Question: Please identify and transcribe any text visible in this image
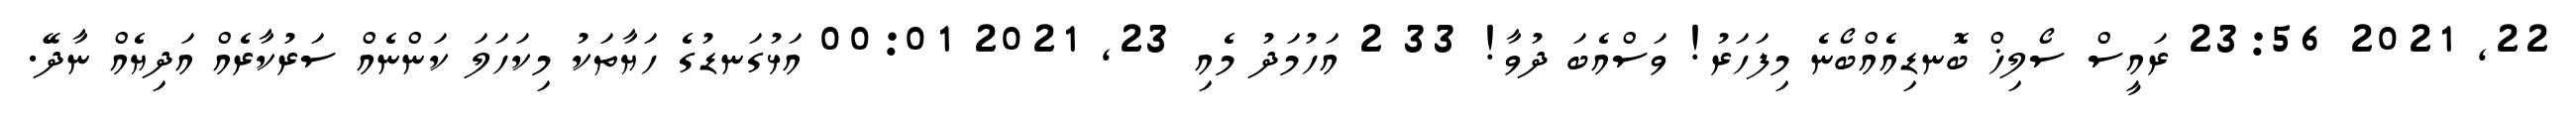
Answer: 22, 2021 23:56 ރައީސް ސޯލިޚް ބޮނޑިއެއްބޯނެ މިފަހަރު! ވަސްއެބަ ދުވާ! 33 2 އަހުމަދު މެއި 23, 2021 00:01 އަޅުގަނޑުގެ ހަޔާތަކު މިކަހަލަ ކަންނެއް ސަރުކާރެއް އަދިޔެއް ނާދޭ.